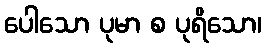
ပေါသော ပုမာ စ ပုရိသော၊